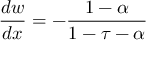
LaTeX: { \frac { d w } { d x } } = - { \frac { 1 - \alpha } { 1 - \tau - \alpha } }